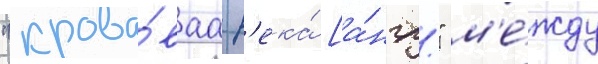
"крова́ваа р'ека́ [а́нгл." м'е́жду